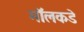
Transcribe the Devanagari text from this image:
मॉलकडे